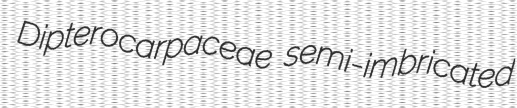
Dipterocarpaceae semi-imbricated